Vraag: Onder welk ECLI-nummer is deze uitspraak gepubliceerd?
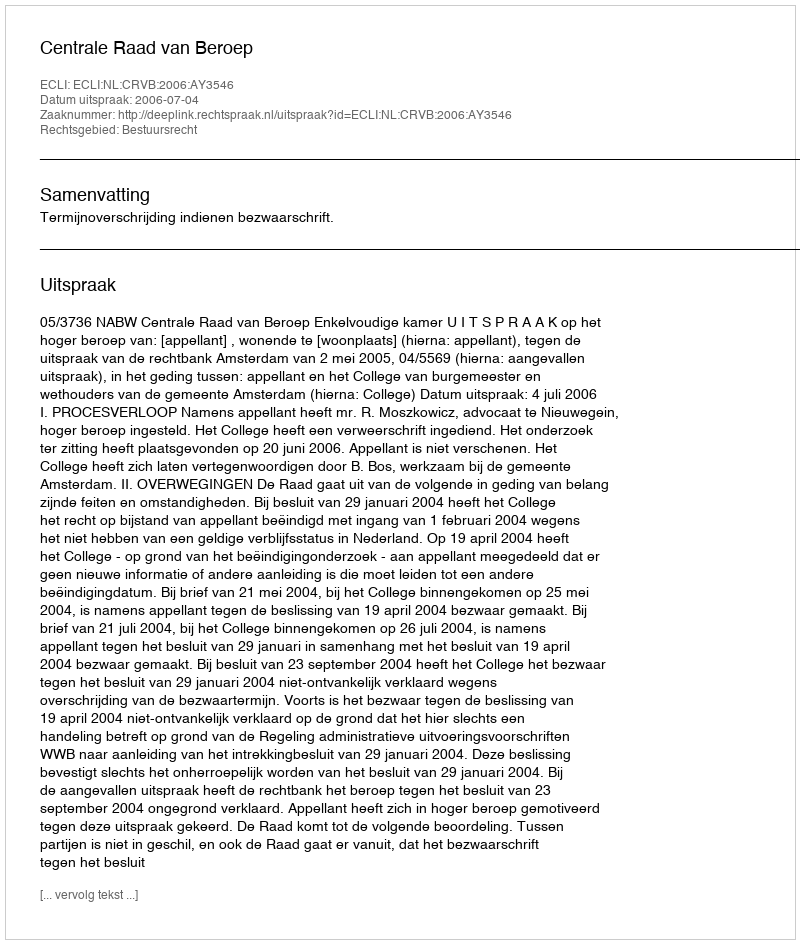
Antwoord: ECLI:NL:CRVB:2006:AY3546